Report on vaccination in Madras 1895-1903 - 1895-1903
Year: 1895
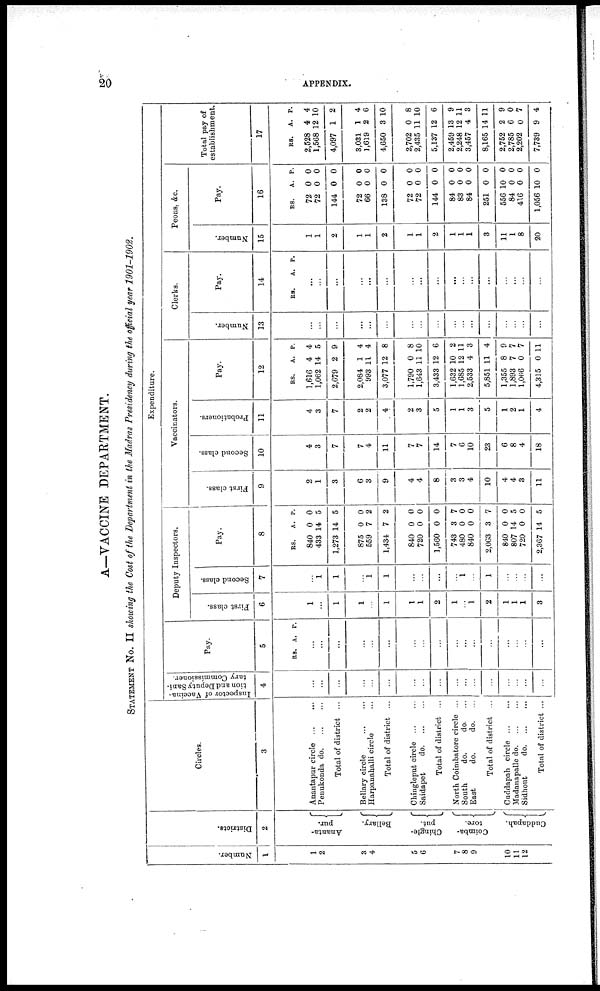
20
APPENDIX.
A—VACCINE DEPARTMENT.
STATEMENT NO. II showing the Cost of the Department in the Madras Presidency during the official year 1901-1902.
Number.
1
1
2
3
4
5
6
7
8
9
10
11
12
Districts.
2
Ananta-
pur.
Bellary.
Chingle-
put.
Coimba-
tore.
Cuddapah.
Circles.
3
Anantapur circle ... ...
Penukonda
do. ... ...
Total of district ...
Bellary circle
...
...
Harpauahalli circle ...
Total of district ...
Chingleput circle
...
...
Saidapet
do. ... ...
Total of district ...
North Coimbatore circle ...
South
do.
do.
East
do.
do.
Total of district ...
Cuddapah circle
...
...
Madanapalle do. ... ...
Sidhout
do. ...
...
Total of district ...
Expenditure.
Inspector of Vaccina-
tion and Deputy Sani-
tary Commissioner.
4
...
...
...
...
...
...
...
...
...
...
...
...
...
...
...
...
...
Pay.
5
RS. A. P.
...
...
...
...
...
...
...
...
...
...
...
...
...
...
...
...
...
Deputy Inspectors.
First class.
6
1
...
1
1
...
1
1
1
2
1
...
1
2
1
1
1
3
Second class.
7
...
1
1
...
1
1
...
...
...
...
1
...
1
...
...
...
...
Pay.
8
RS.
840
433
1,273
875
559
1,434
840
720
1,560
743
480
840
2,063
840
807
720
2,367
A.
0
14
14
0
7
7
0
0
0
3
0
0
3
0
14
0
14
P.
0
5
5
0
2
2
0
0
0
7
0
0
7
0
5
0
5
Vaccinators.
First class.
9
2
1
3
6
3
9
4
4
8
3
3
4
10
4
4
3
11
Second class.
10
4
3
7
7
4
11
7
7
14
7
6
10
23
6
8
4
18
Probationers.
11
4
3
7
2
2
4
2
3
5
1
1
3
5
1
2
1
4
Pay.
12
RS.
1,616
1,062
2,679
2,084
993
3,077
1,790
1,643
3,433
1,632
1,685
2,533
5,851
1,355
1,893
1,066
4,315
A.
4
14
2
1
11
12
0
11
12
10
12
4
11
8
7
0
0
P.
4
5
9
4
4
8
8
10
6
2
11
3
4
9
7
7
11
Number.
13
...
...
...
...
...
...
...
...
...
...
...
...
...
...
...
...
...
Clerks.
Pay.
14
RS.
A. P.
...
...
...
...
...
...
...
...
...
...
...
...
...
...
...
...
...
Peons, Ac,
Number.
15
1
1
2
1
1
2
1
1
2
1
1
1
3
11
1
8
20
Pay.
16
RS.
72
72
144
72
66
138
72
72
144
84
83
84
251
556
84
416
1,056
A.
0
0
0
0
0
0
0
0
0
0
0
0
0
10
0
0
10
P.
0
0
0
0
0
0
0
0
0
0
0
0
0
0
0
0
0
Total pay of
establishment.
17
RS.
2,528
1,568
4,097
3,031
1,619
4,650
2,702
2,435
5,137
2,459
2,248
3,457
8,165
2,752
2,785
2,202
7,739
A.
4
12
1
1
2
3
0
11
12
13
12
4
14
2
6
0
9
P.
4
10
2
4
6
10
8
10
6
9
11
3
11
9
0
7
4